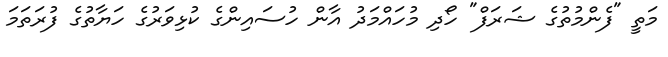
މަތީ "ފެންމުތުގެ ޝަރަފް" ހޯދި މުހައްމަދު އާން ހުސައިންގެ ކުޅިވަރުގެ ހަޔާތުގެ ފުރަތަމަ